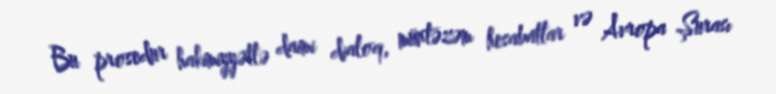
Bu prosedur hakimiyyətlə daimi dialoq, müntəzəm hesabatlar və Avropa Şurası